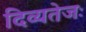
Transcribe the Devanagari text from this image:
दिव्यतेजः